Report on horse surra - Volume I
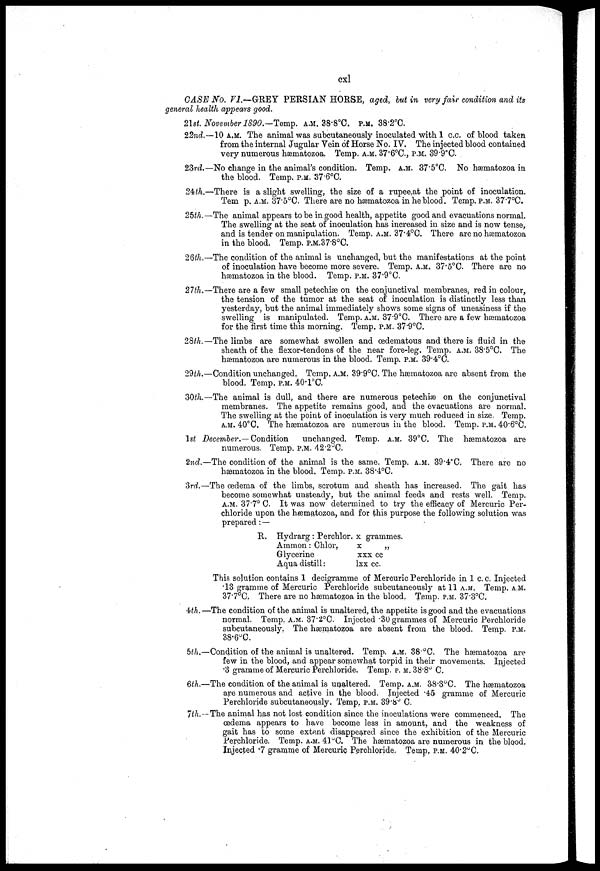
cxl
CASE No. VI.—GREY PERSIAN HORSE, aged, but in very fair condition and its
general health appears good.
2lst. November 1890.—Temp. A.M. 38.8°C. P.M. 38.2°C.
22nd.— 10 A.M. The animal was subcutaneously inoculated with 1 c.c. of blood taken
from the internal Jugular Vein of Horse No. IV. The injected blood contained
very numerous hæmatozoa. Temp. A.M. 37.6°C., P.M. 39.9°C.
23rd.—No change in the animal's condition. Temp. A.M. 37.5°C. No hæmatozoa in
the blood. Temp. P.M. 37.6°C.
24th.—There is a slight swelling, the size of a rupee,at the point of inoculation.
Tem p. A.M. 37.5°C. There are no hæmatozoa in he blood. Temp. P.M. 37.7°C.
25th.— The animal appears to be in good health, appetite good and evacuations normal.
The swelling at the seat of inoculation has increased in size and is now tense,
and is tender on manipulation. Temp. A.M. 37.4°C. There are no hæmatozoa
in the blood. Temp. P.M. 37.8°C.
26th..—The condition of the animal is unchanged, but the manifestations at the point
of inoculation have become more severe. Temp. A.M. 37.5°C. There are no
hæmatozoa in the blood. Temp. P.M. 37.9°C.
27th.—There are a few small petechiæ on the conjunctival membranes, red in colour,
the tension of the tumor at the seat of inoculation is distinctly less than
yesterday, but the animal immediately shows some signs of uneasiness if the
swelling is manipulated. Temp. A.M. 37.9°C. There are a few hæmatozoa
for the first time this morning. Temp. P.M. 37.9°C.
28th.— The limbs are somewhat swollen and œdematous and there is fluid in the
sheath of the flexor-tendons of the near fore-leg. Temp. A.M. 38.5°C. The
hæmatozoa are numerous in the blood. Temp. P.M. 39.4°C.
29th.—Condition unchanged. Temp. A.M. 39.9°C. The hæmatozoa are absent from the
blood. Temp. P.M. 40.1°C.
30th.—The animal is dull, and there are numerous petechiæ on the conjunctival
membranes. The appetite remains good, and the evacuations are normal.
The swelling at the point of inoculation is very much reduced in size. Temp.
A.M. 40°C. The hæmatozoa are numerous in the blood. Temp. P.M. 40.6°C.
1st December.— Condition
unchanged. Temp, A.M. 39°C. The hæmatozoa are
numerous. Temp. P.M. 42.2°C.
2nd.—The condition of the animal is the same. Temp, A.M. 39.4°C. There are no
hæmatozoa in the blood. Temp. P.M. 38.4°C.
3rd.—The œdema of the limbs, scrotum and sheath has increased. The gait has
become somewhat unsteady, but the animal feeds and rests well. Temp.
A.M. 37.7° C. It was now determined to try the efficacy of Mercuric Per-
chloride upon the hæmatozoa, and for this purpose the following solution was
prepared : —
R. Hydrarg: Perehlor.
Ammon: Chlor,
Glycerine
Aqua distill:
x grammes.
x
„
xxx cc
lxx cc.
This solution contains 1 decigramme of Mercuric Perchloride in 1 c. c, Injected
.13 gramme of Mercuric Perchloride subcutaneously at 11 A.M. Temp, A.M.
37.7°C. There are no hæmatozoa in the blood. Temp. P.M. 37.3°C.
4th.—The condition of the animal is unaltered, the appetite is good and the evacuations
normal. Temp, A.M. 37.2°C. Injected .30 grammes of Mercuric Perchloride
subcutaneously. The hæmatozoa are absent from the blood. Temp. P.M.
38.6°C.
5th.—Condition of the animal is unaltered. Temp. a.m. 38 °C. The hæmatozoa are
few in the blood, and appear somewhat torpid in their movements. Injected
.3 gramme of Mercuric Perchloride. Temp. P.M. 38.8° C.
6th.—The condition of the animal is unaltered. Temp. A.M. 38.3°C. The hæmatozoa
are numerous and active in the blood. Injected .45 gramme of Mercuric
Perchloride subcutaneously. Temp. P.M. 39.8° C.
7th.—The animal has not lost condition since the inoculations were commenced. The
œdema appears to have become less in amount, and the weakness of
gait has to some extent disappeared since the exhibition of the Mercuric
Perchloride. Temp. A.M. 41° C. The hæmatozoa are numerous in the blood.
Injected .7 gramme of Mercuric Perchloride. Temp, P.M. 40.2°C.